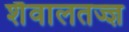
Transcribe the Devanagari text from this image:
शैवालतज्ज्ञ